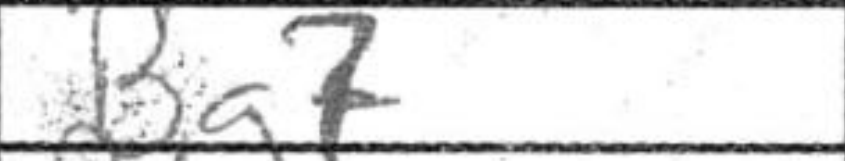
Transcription: Bg7